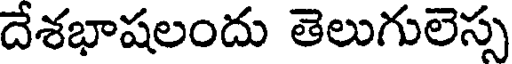
దేశభాషలందు తెలుగులెస్స